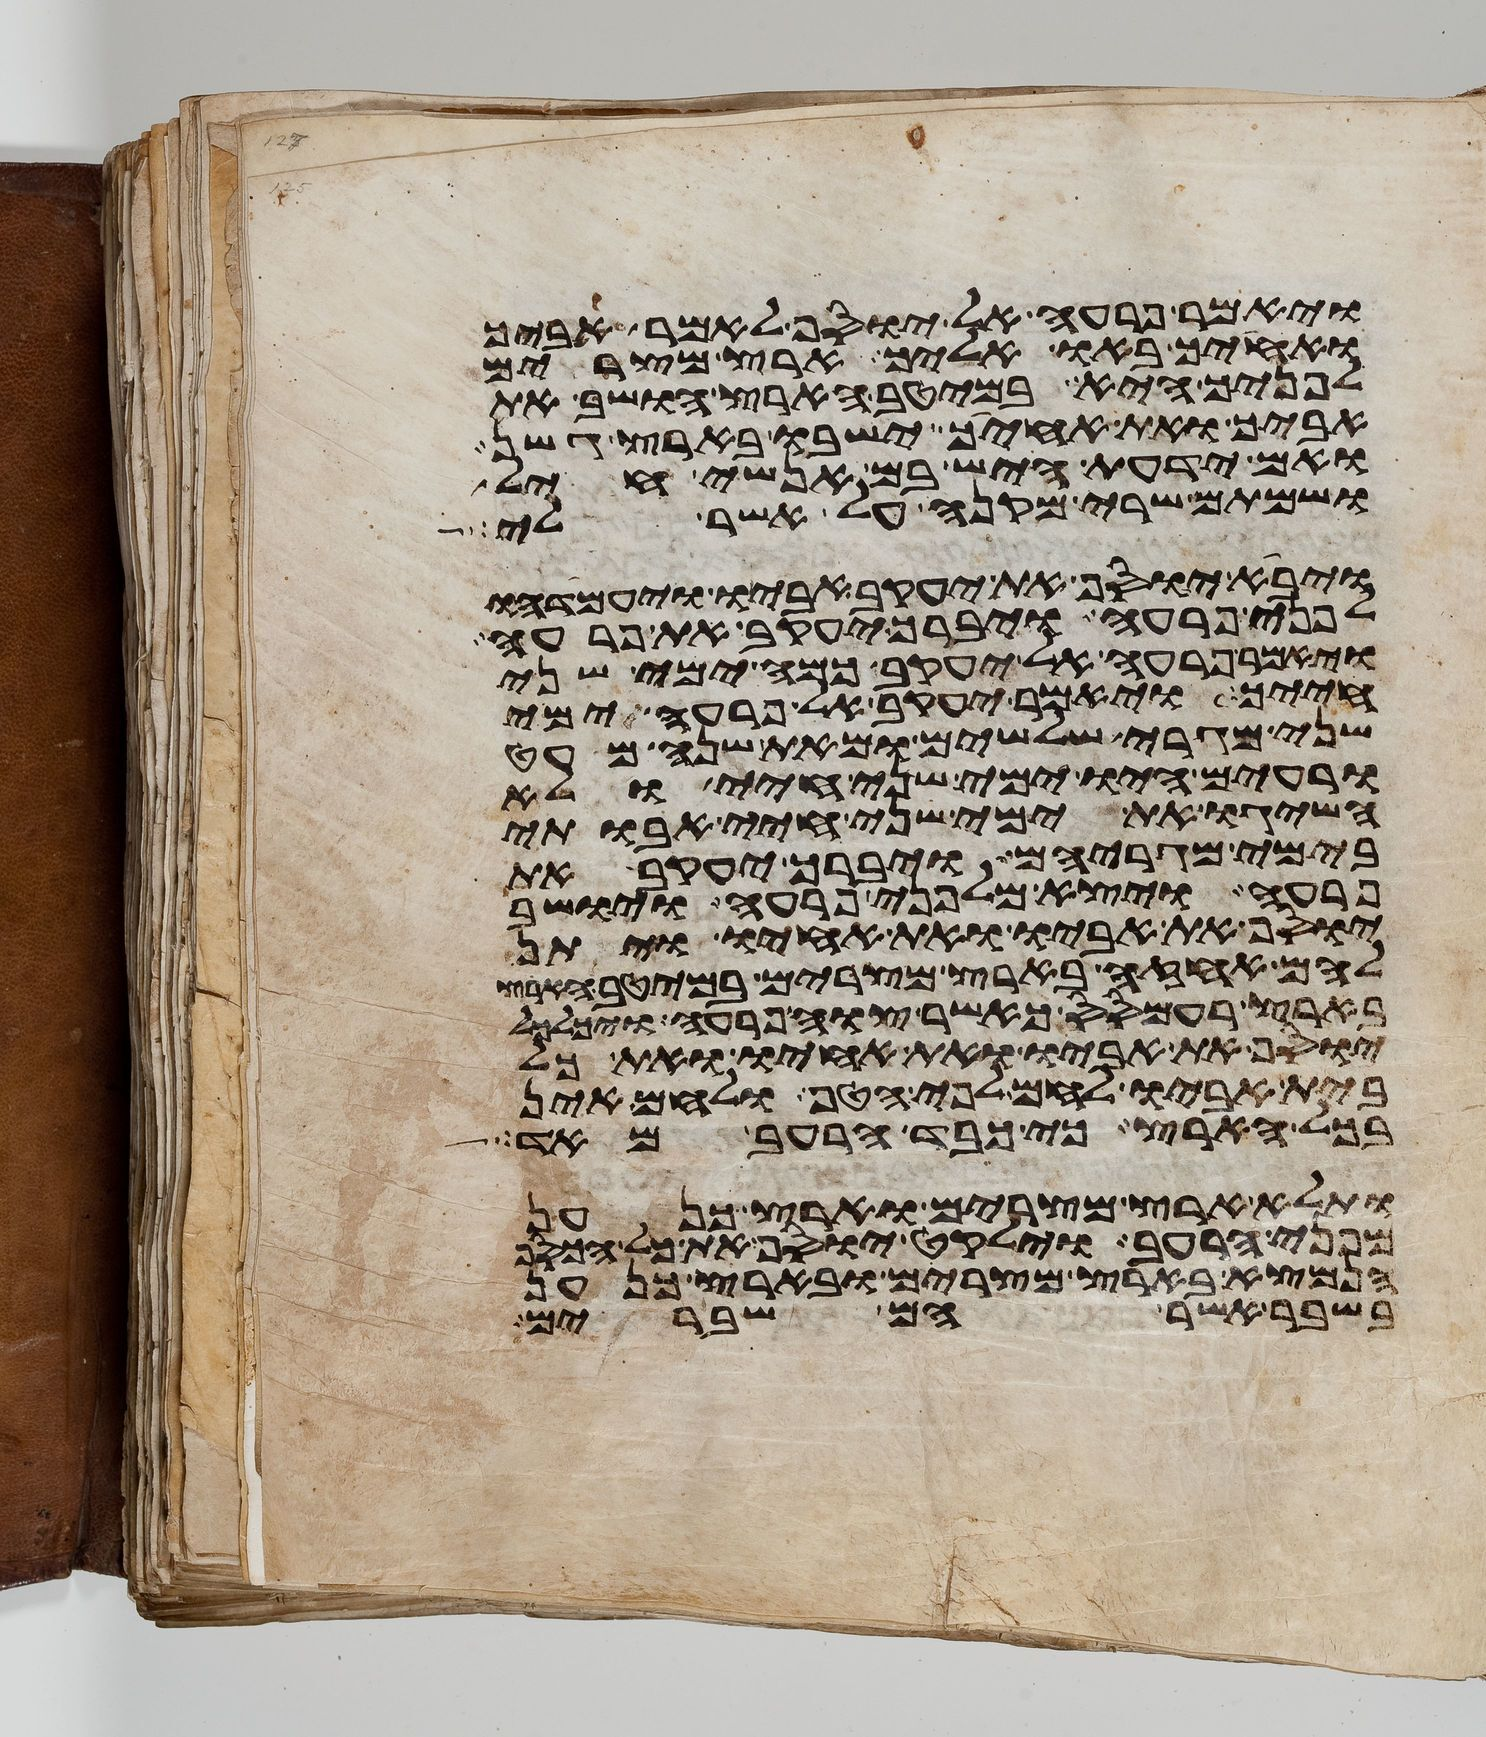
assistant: ויאמר פרעה אל יוסף לאמר אביך
ואחיך באו אליך ארץ מצרים
לפניך היא במיטב הארץ הושב את
אביך ואת אחיך ישבו בארץ גשן
ואם ידעת היש בם אנשי חיל
ושמתם שרי מקנה על אשר לי
ויבא יוסף את יעקב אביו ויעמדהו
לפני פרעה ויברך יעקב את פרעה
ויאמר פרעה אל יעקב כמה ימי שני
חייך ויאמר יעקב אל פרעה ימי
שני מגרי שלשים ומאת שנה מעט
ורעים היו ימי שני חיי ולא
השיגו את ימי שני חיי אבותי
בימי מגריהם ויברך יעקב את
פרעה ויצא מלפני פרעה ויושב
יוסף את אביו ואת אחיו ויתן
להם אחזה בארץ מצרים במיטב הארץ
בארץ רעמסס כאשר צוה פרעה ויכלכל
יוסף את אביו ואת אחיו ואת כל
בית אביו לחם לפי הטף ולחם אין
בכל הארץ כי כבד הרעב מאד
ותלא ארץ מצרים וארץ כנען
מפני הרעב וילקט יוסף את כל הכסף
הנמצא בארץ מצרים ובארץ כנען
בשבר אשר הם שברים